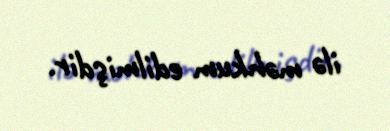
ilə məhkum edilmişdir.